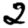
Digit: 2